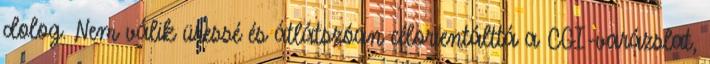
dolog. Nem válik üressé és átlátszóan célorientálttá a CGI-varázslat,